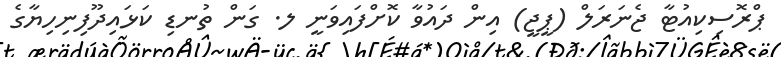
ޕްރޮސިކިއުޓާ ޖެނަރަލް (ޕީޖީ) އިން ދައުވާ ކޮށްފައިވަނީ ލ. ގަން ތުނޑި ކަޅައިދޫފިނިހިޔާގެ